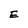
Character: E